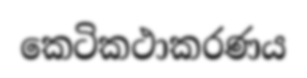
කෙටිකථාකරණය